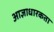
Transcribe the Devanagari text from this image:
आज्ञाधारकता